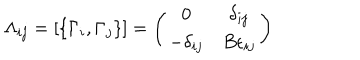
LaTeX: \Lambda _ { i j } = \left[ \{ \Gamma _ { i } , \Gamma _ { j } \} \right] = \left( \begin{array} { c c } { { 0 } } & { { \delta _ { i j } } } \\ { { - \delta _ { i j } } } & { { B \epsilon _ { i j } } } \\ \end{array} \right)